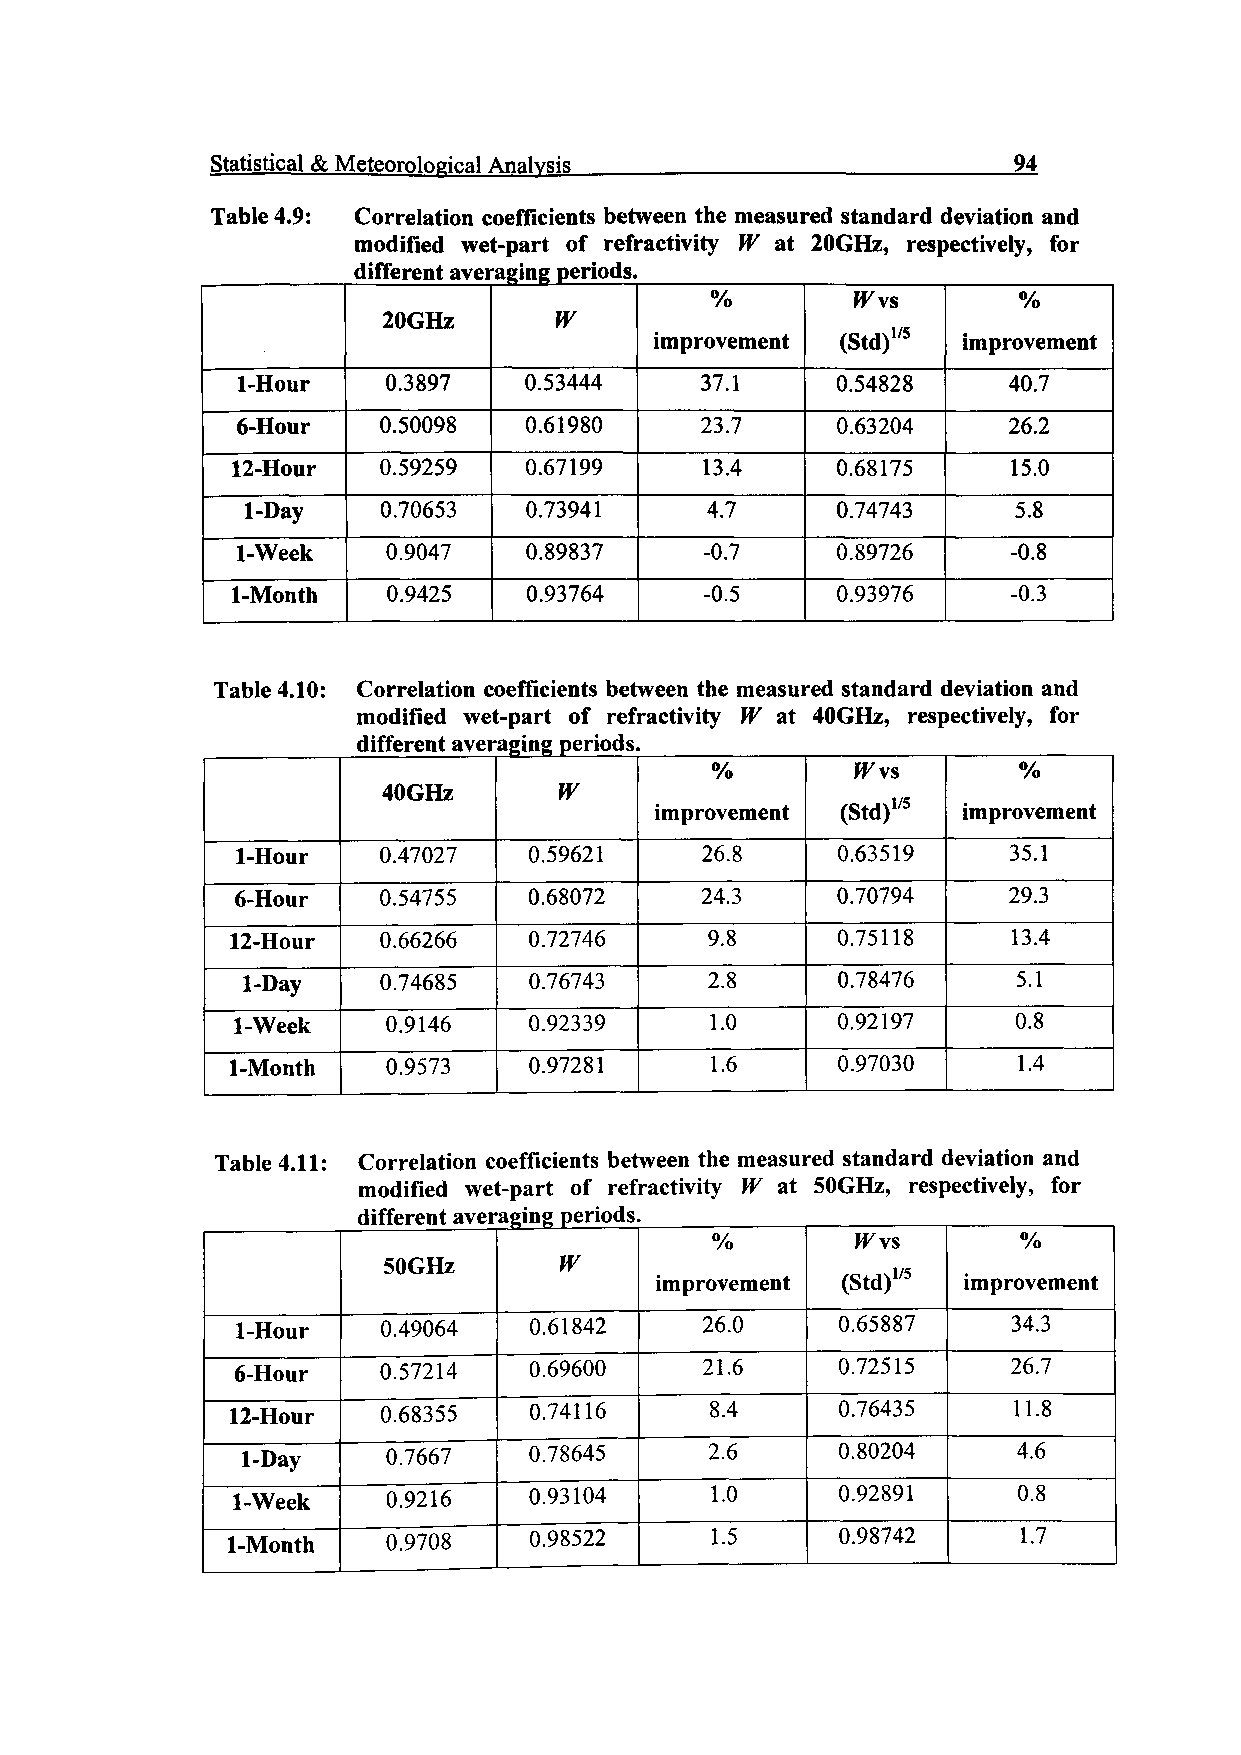
Statistical & Meteorological Analysis                94
 Table 4.9: Correlation coefficients between the measured standard deviation and
 modified wet-part of refractivity W at 20GHz, respectively, for
 different averaging periods.
 %        W\s        %
 20GHz       W
 (Std)1/s
 improvement          improvement
 1-Hour    0.3897   0.53444    37.1     0.54828     40.7
 6-Hour   0.50098   0.61980    23.7     0.63204     26.2
 12-Hour   0.59259   0.67199     13.4    0.68175     15.0
 1-Day    0.70653   0.73941     4.7     0.74743     5.8
 1-Week    0.9047   0.89837     -0.7    0.89726     -0.8
 1-Month    0.9425   0.93764     -0.5    0.93976     -0.3
 Table 4.10: Correlation coefficients between the measured standard deviation and
 modified wet-part of refractivity W at 40GHz, respectively, for
 different averaging periods.
 %         W\s,      %
 40GHz       W
 (Std)1/5
 improvement          improvement
 1-Hour   0.47027   0.59621    26.8     0.63519     35.1
 6-Hour   0.54755   0.68072    24.3     0.70794     29.3
 12-Hour   0.66266   0.72746     9.8     0.75118     13.4
 1-Day    0.74685   0.76743     2.8     0.78476     5.1
 1-Week     0.9146   0.92339     1.0     0.92197     0.8
 1-Month    0.9573   0.97281     1.6     0.97030     1.4
 Table 4.11: Correlation coefficients between the measured standard deviation and
 modified wet-part of refractivity W at SOGHz, respectively, for
 different averaging periods.
 %         W\s       %
 SOGHz       W                  (Std)1/5
 improvement          improvement
 1-Hour   0.49064   0.61842     26.0    0.65887     34.3
 6-Hour   0.57214   0.69600    21.6     0.72515     26.7
 12-Hour   0.68355   0.74116     8.4     0.76435     11.8
 1-Day     0.7667   0.78645     2.6     0.80204     4.6
 1-Week     0.9216   0.93104     1.0     0.92891     0.8
 1-Month    0.9708   0.98522     1.5      0.98742     1.7